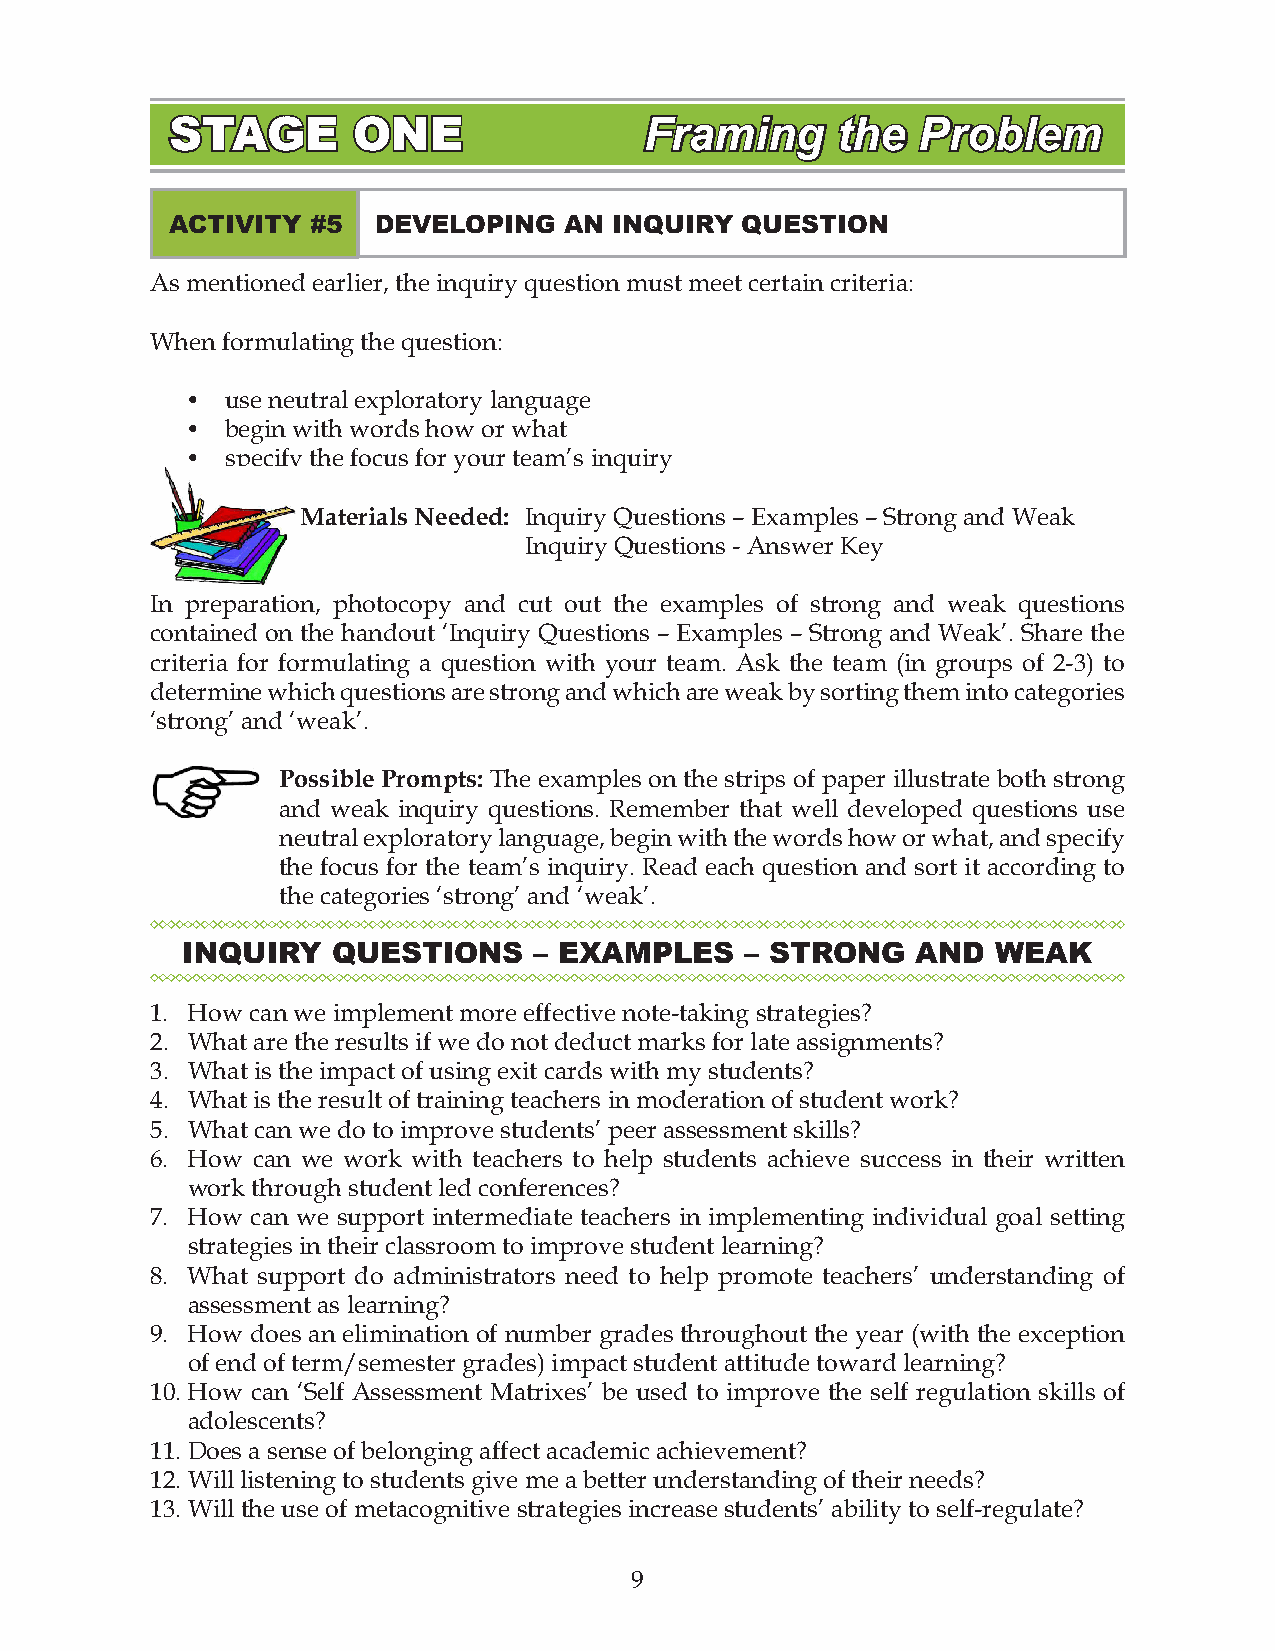
STAGE       ONE                 Framing     the   Problem
 ACTIVITY  #5  DEVELOPING  AN  INQUIRY QUESTION
 As mentioned earlier, the inquiry question must meet certain criteria:
 When formulating the question:
 l  use neutral exploratory language
 l  begin with words how or what
 l  specify the focus for your team’s inquiry
 Materials Needed: Inquiry Questions – Examples – Strong and Weak
 Inquiry Questions - Answer Key
 In preparation, photocopy and cut out the examples of strong and weak questions
 contained on the handout ‘Inquiry Questions – Examples – Strong and Weak’. Share the
 criteria for formulating a question with your team. Ask the team (in groups of 2-3) to
 determine which questions are strong and which are weak by sorting them into categories
 ‘strong’ and ‘weak’.
 Possible Prompts: The examples on the strips of paper illustrate both strong
 and weak inquiry questions. Remember that well developed questions use
 neutral exploratory language, begin with the words how or what, and specify
 the focus for the team’s inquiry. Read each question and sort it according to
 the categories ‘strong’ and ‘weak’.
 INQUIRY   QUESTIONS    – EXAMPLES    – STRONG    AND  WEAK
 1. How can we implement more effective note-taking strategies?
 . What are the results if we do not deduct marks for late assignments?
 . What is the impact of using exit cards with my students?
 . What is the result of training teachers in moderation of student work?
 . What can we do to improve students’ peer assessment skills?
 6. How can we work with teachers to help students achieve success in their written
 work through student led conferences?
 7. How can we support intermediate teachers in implementing individual goal setting
 strategies in their classroom to improve student learning?
 8. What support do administrators need to help promote teachers’ understanding of
 assessment as learning?
 9. How does an elimination of number grades throughout the year (with the exception
 of end of term/semester grades) impact student attitude toward learning?
 10. How can ‘Self Assessment Matrixes’ be used to improve the self regulation skills of
 adolescents?
 . Does a sense of belonging affect academic achievement?
 . Will listening to students give me a better understanding of their needs?
 13. Will the use of metacognitive strategies increase students’ ability to self-regulate?
 